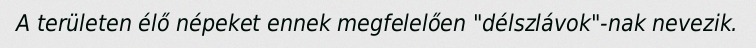
A területen élő népeket ennek megfelelően "délszlávok"-nak nevezik.